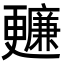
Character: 𣍙